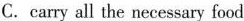
C.carry all the necessary food